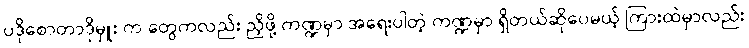
ပဒိုစောတာဒိုမှူး က တွေကလည်း ညှိဖို့ ကဏ္ဍမှာ အရေးပါတဲ့ ကဏ္ဍမှာ ရှိတယ်ဆိုပေမယ့် ကြားထဲမှာလည်း